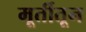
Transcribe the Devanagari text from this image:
मूर्तीतून